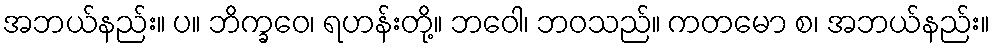
အဘယ်နည်း။ ပ။ ဘိက္ခဝေ၊ ရဟန်းတို့။ ဘဝေါ၊ ဘဝသည်။ ကတမော စ၊ အဘယ်နည်း။